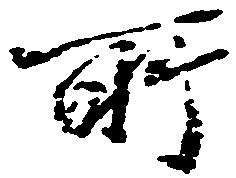
所